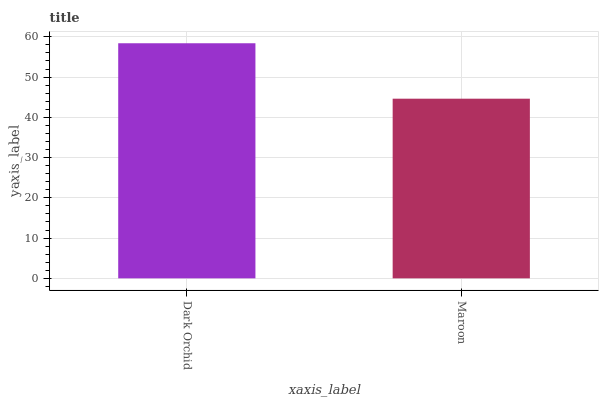
| xaxis_label | bars |
 | --- | --- |
 | Dark Orchid | 58.4 |
 | Maroon | 44.6 |